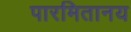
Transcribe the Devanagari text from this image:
पारमितानय